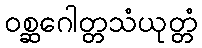
ဝစ္ဆဂေါတ္တသံယုတ္တံ